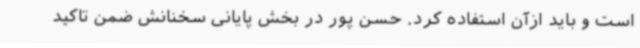
است و باید ازآن استفاده کرد. حسن پور در بخش پایانی سخنانش ضمن تاکید